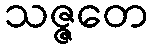
သဇ္ဇတေ